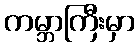
ကမ္ဘာကြီးမှာ